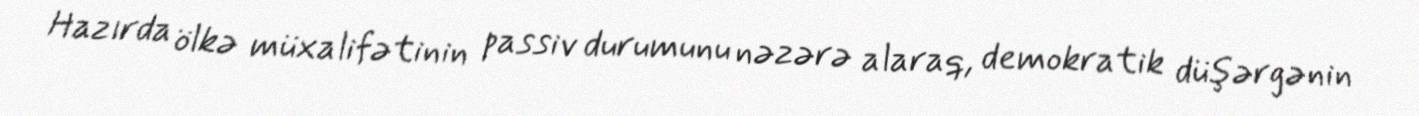
Hazırda ölkə müxalifətinin passiv durumunu nəzərə alaraq, demokratik düşərgənin